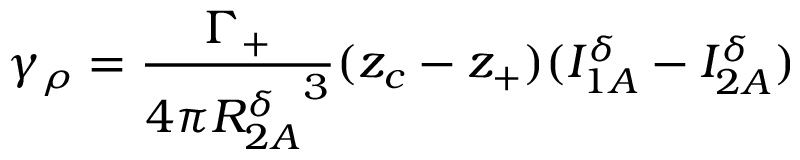
\gamma _ { \rho } = \frac { \Gamma _ { + } } { 4 \pi { R _ { 2 A } ^ { \delta } } ^ { 3 } } ( z _ { c } - z _ { + } ) ( I _ { 1 A } ^ { \delta } - I _ { 2 A } ^ { \delta } )